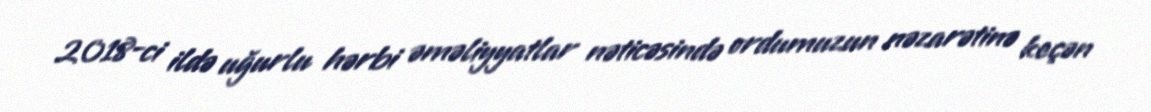
2018-ci ildə uğurlu hərbi əməliyyatlar nəticəsində ordumuzun nəzarətinə keçən